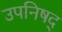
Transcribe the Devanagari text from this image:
उपनिषद्